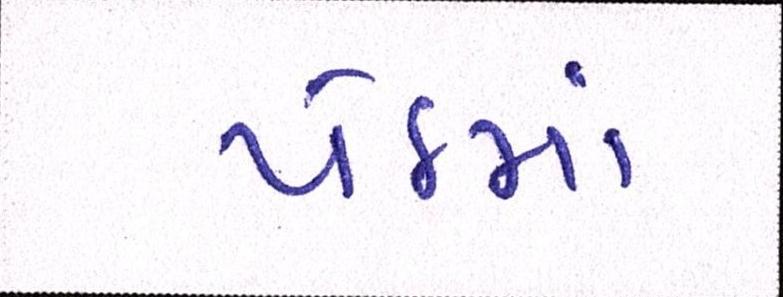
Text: પેઠમાં